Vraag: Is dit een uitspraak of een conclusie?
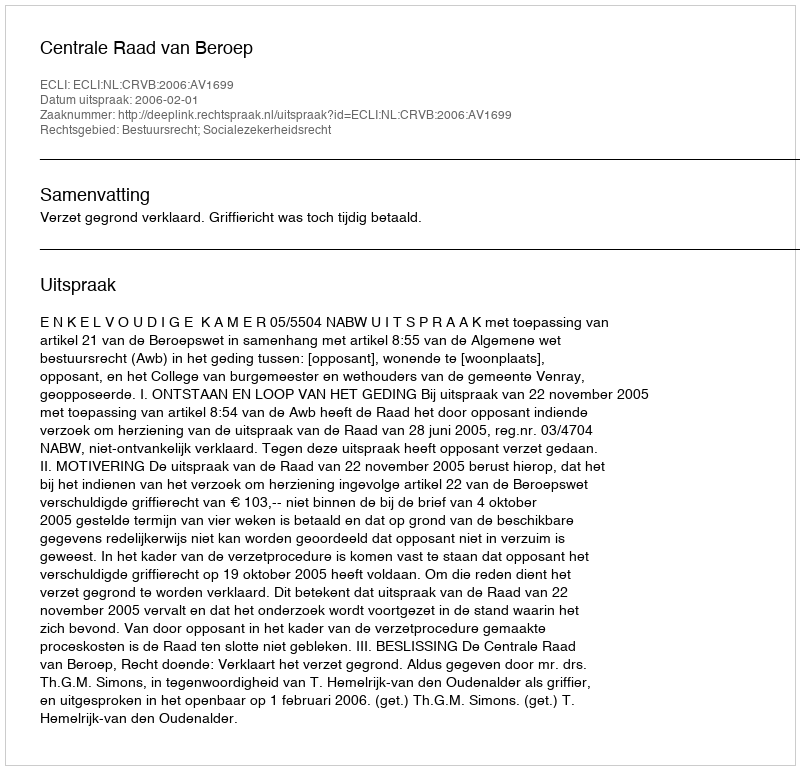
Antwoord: Uitspraak